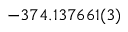
- 3 7 4 . 1 3 7 6 6 1 ( 3 )